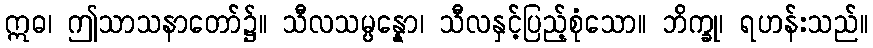
ဣဓ၊ ဤသာသနာတော်၌။ သီလသမ္ပန္နော၊ သီလနှင့်ပြည့်စုံသော။ ဘိက္ခု၊ ရဟန်းသည်။